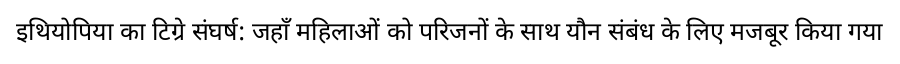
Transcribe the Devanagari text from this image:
इथियोपिया का टिग्रे संघर्ष: जहाँ महिलाओं को परिजनों के साथ यौन संबंध के लिए मजबूर किया गया